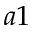
a 1